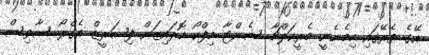
އޭގެ ތެރޭގައި ހިމެނެނީ މެރީކަލްޗާ ސެންޓާ މިފްކޯ ހޮރައިޒަން ފިޝަރީޒް އެގްރޯ ސާވިސް